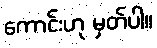
ကောင်းဟု မှတ်ပါ။